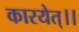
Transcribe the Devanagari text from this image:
कारयेत्।।